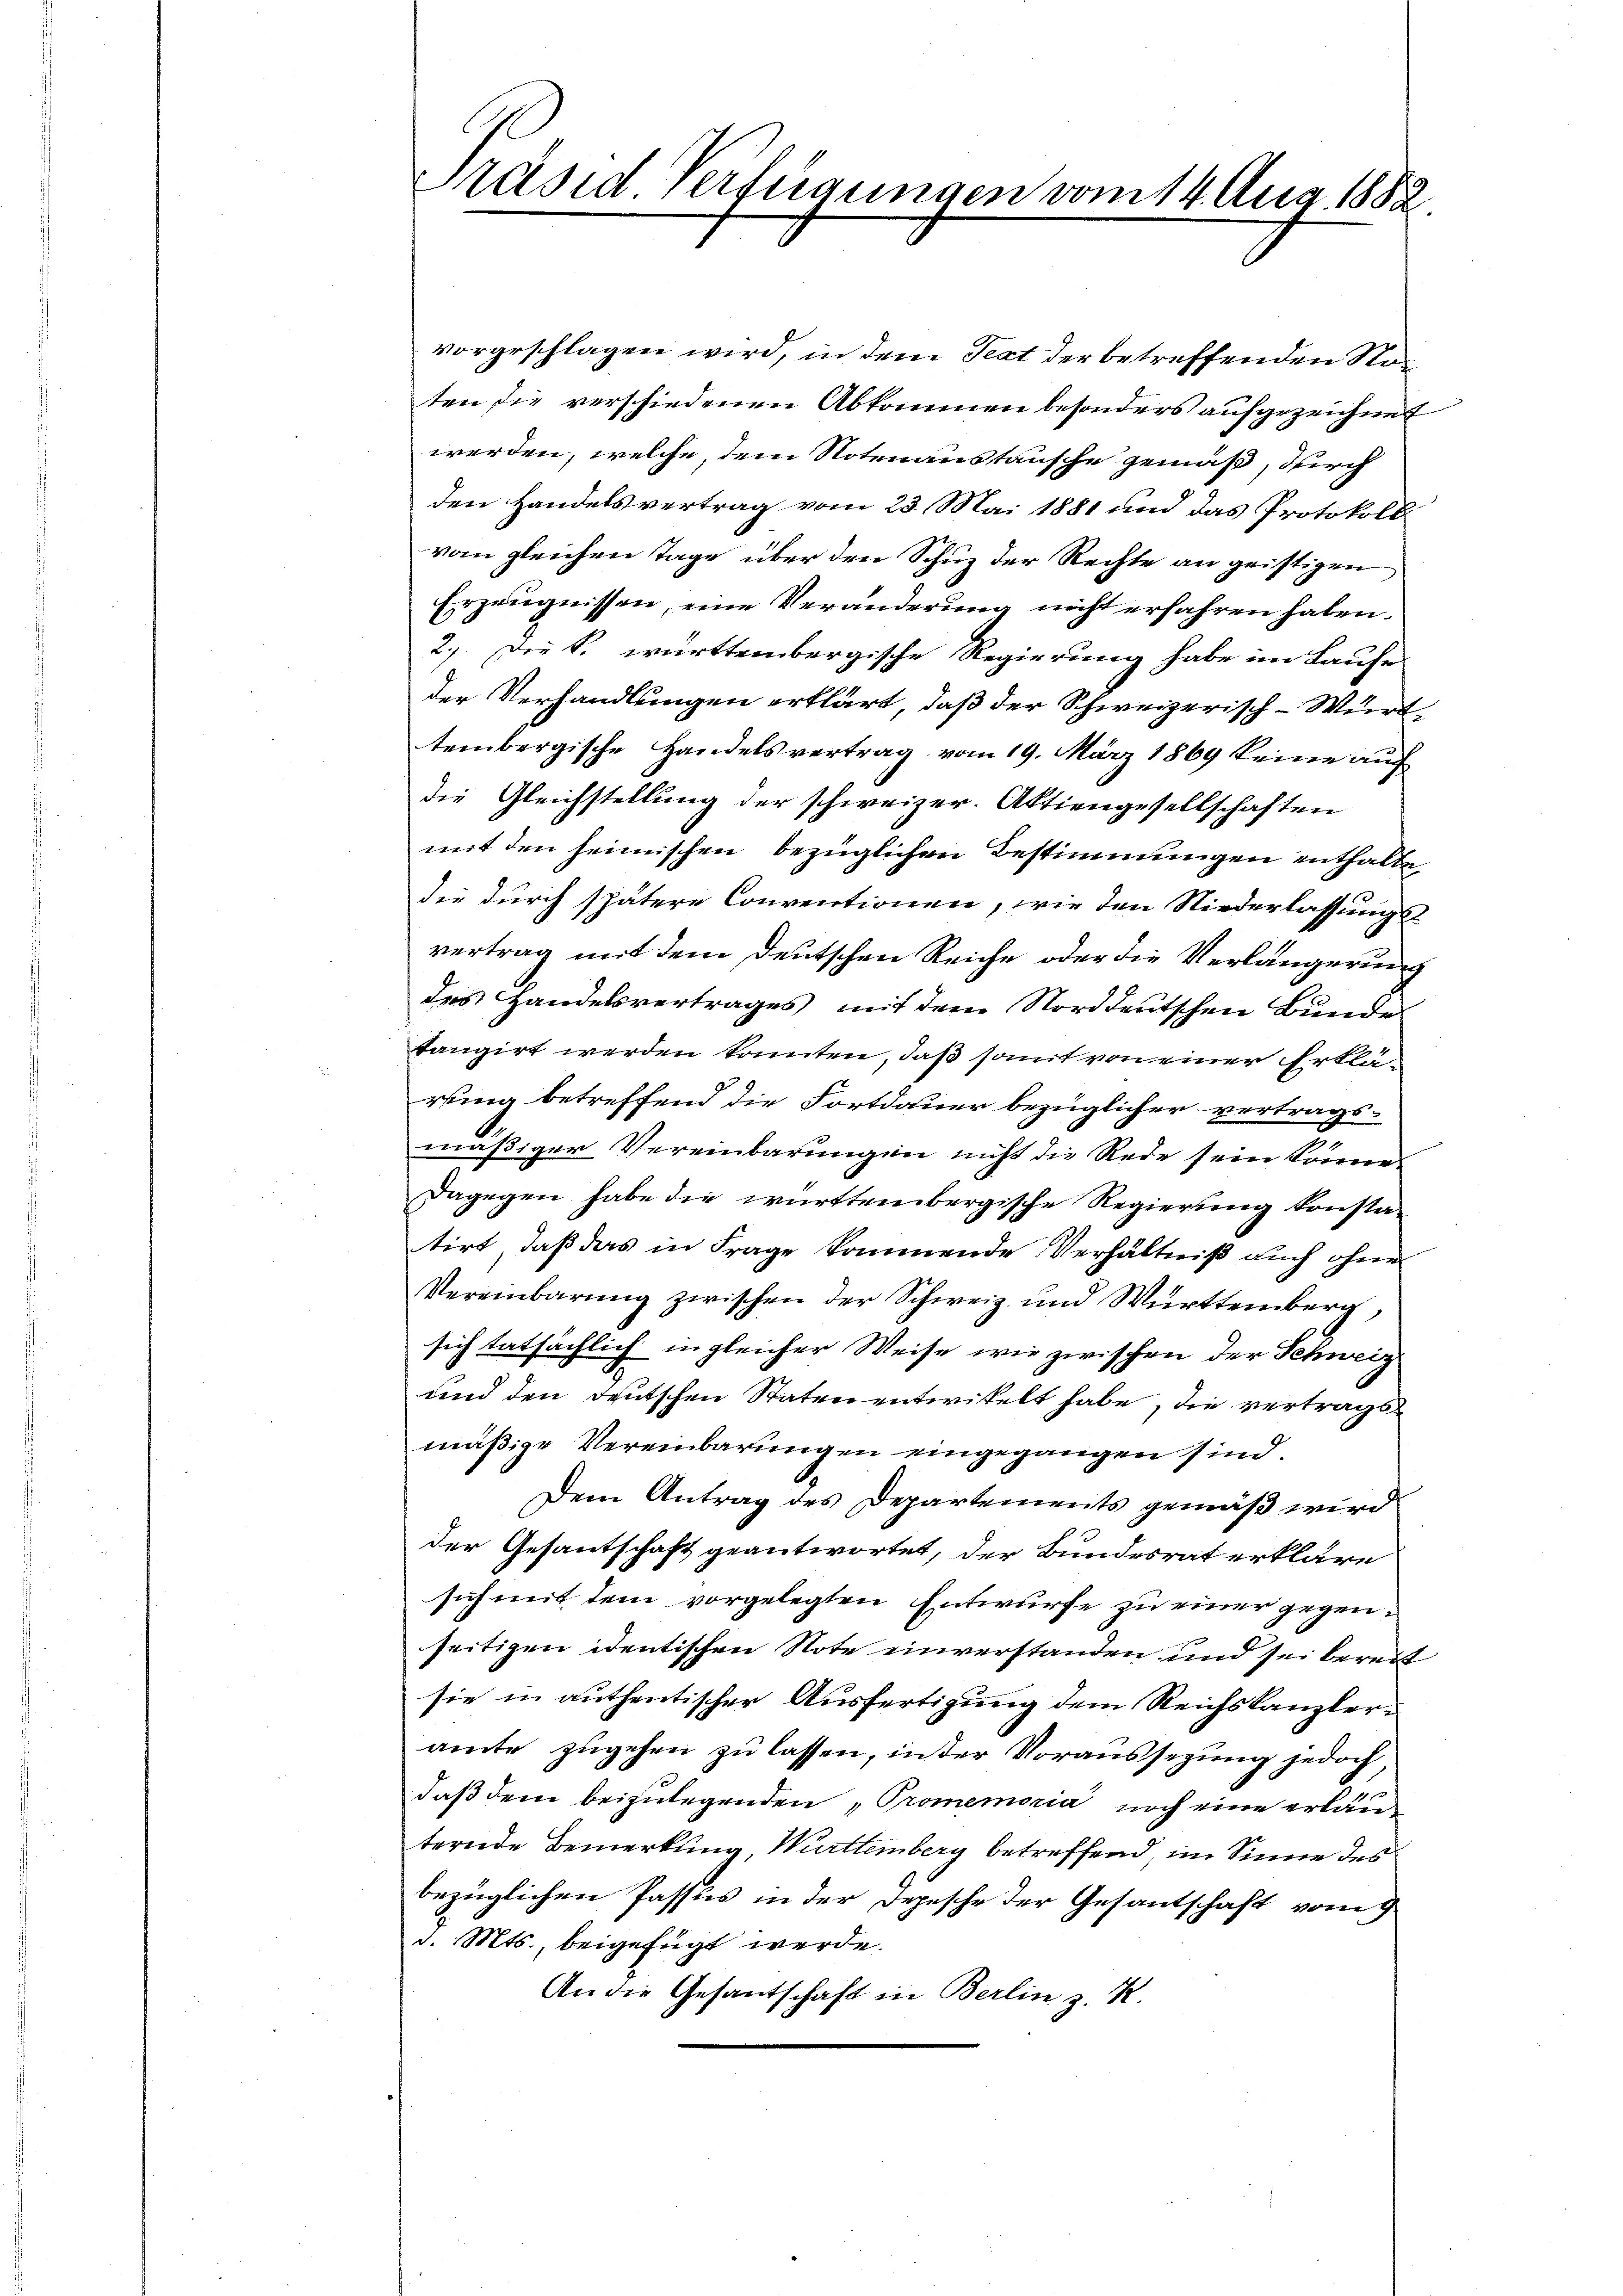
Präsid Verfügungen vom 14. Aug. 1882

vorgeschlagen wird, in dem Text der betreffenden Not
ten die verschiedenen Abkommen besonders aufgezeichnet
werden, welche, dem Notenaustausche gemäß, durch
den Handelsvertrag vom 23. Mai 1881 und das Protokoll
vom gleichen Tage über den Schuz der Rechte an geistigen
Erzeugnissen, eine Veränderung nicht erfahren haben.
2.) Die k. württembergische Regierung habe im Laufe
der Verhandlungen erklärt, daß der Schweizerisch-Württembergische Handelsvertrag vom 19. März 1869 keine auf
die Gleichstellung der schweizer. Aktiengesellschaften
mit den heimischen bezüglichen Bestimmungen enthalte,
die durch spätere Conventionen, wie den Niederlassungs
vertrag mit dem Deutschen Reiche oder die Verlängerung
des Handelsvertrages mit dem Norddeutschen Bunde
tangirt werden konnten, daß somit von einer Erkläring betreffend die Fortdauer bezüglicher vertrags-
mäßiger Vereinbarungen nicht die Rede sein könne.
Dagegen habe die württembergische Regierung konstatirt, daß das in Frage kommende Verhältniß auch ohne
Vereinbarung zwischen der Schweiz und Württemberg,
sich tatsächlich in gleicher Weise wie zwischen der Schweiz
und den deutschen Staten entwickelt habe, die vertrags
mäßige Vereinbarungen eingegangen sind.
Dem Antrag des Departements gemäß wird
der Gesantschaft geantwortet, der Bundesrat erkläre
sich mit dem vorgelegten Entwurfe zu einer gegenseitigen identischen Note einverstanden und sei bereit
sie in authentischer Ausfertigung dem Reichskanzleramte zugehen zu lassen, in der Voraussezung jedoch
daß dem beizulegenden „Promemoria noch eine erläuternde Bemerkung, Württemberg betreffend, im Sinne des
bezüglichen Passus in der Depesche der Gesantschaft vom 9
d. Mts., beigefügt werde.
An die Gesantschaft in Berlin z. R.